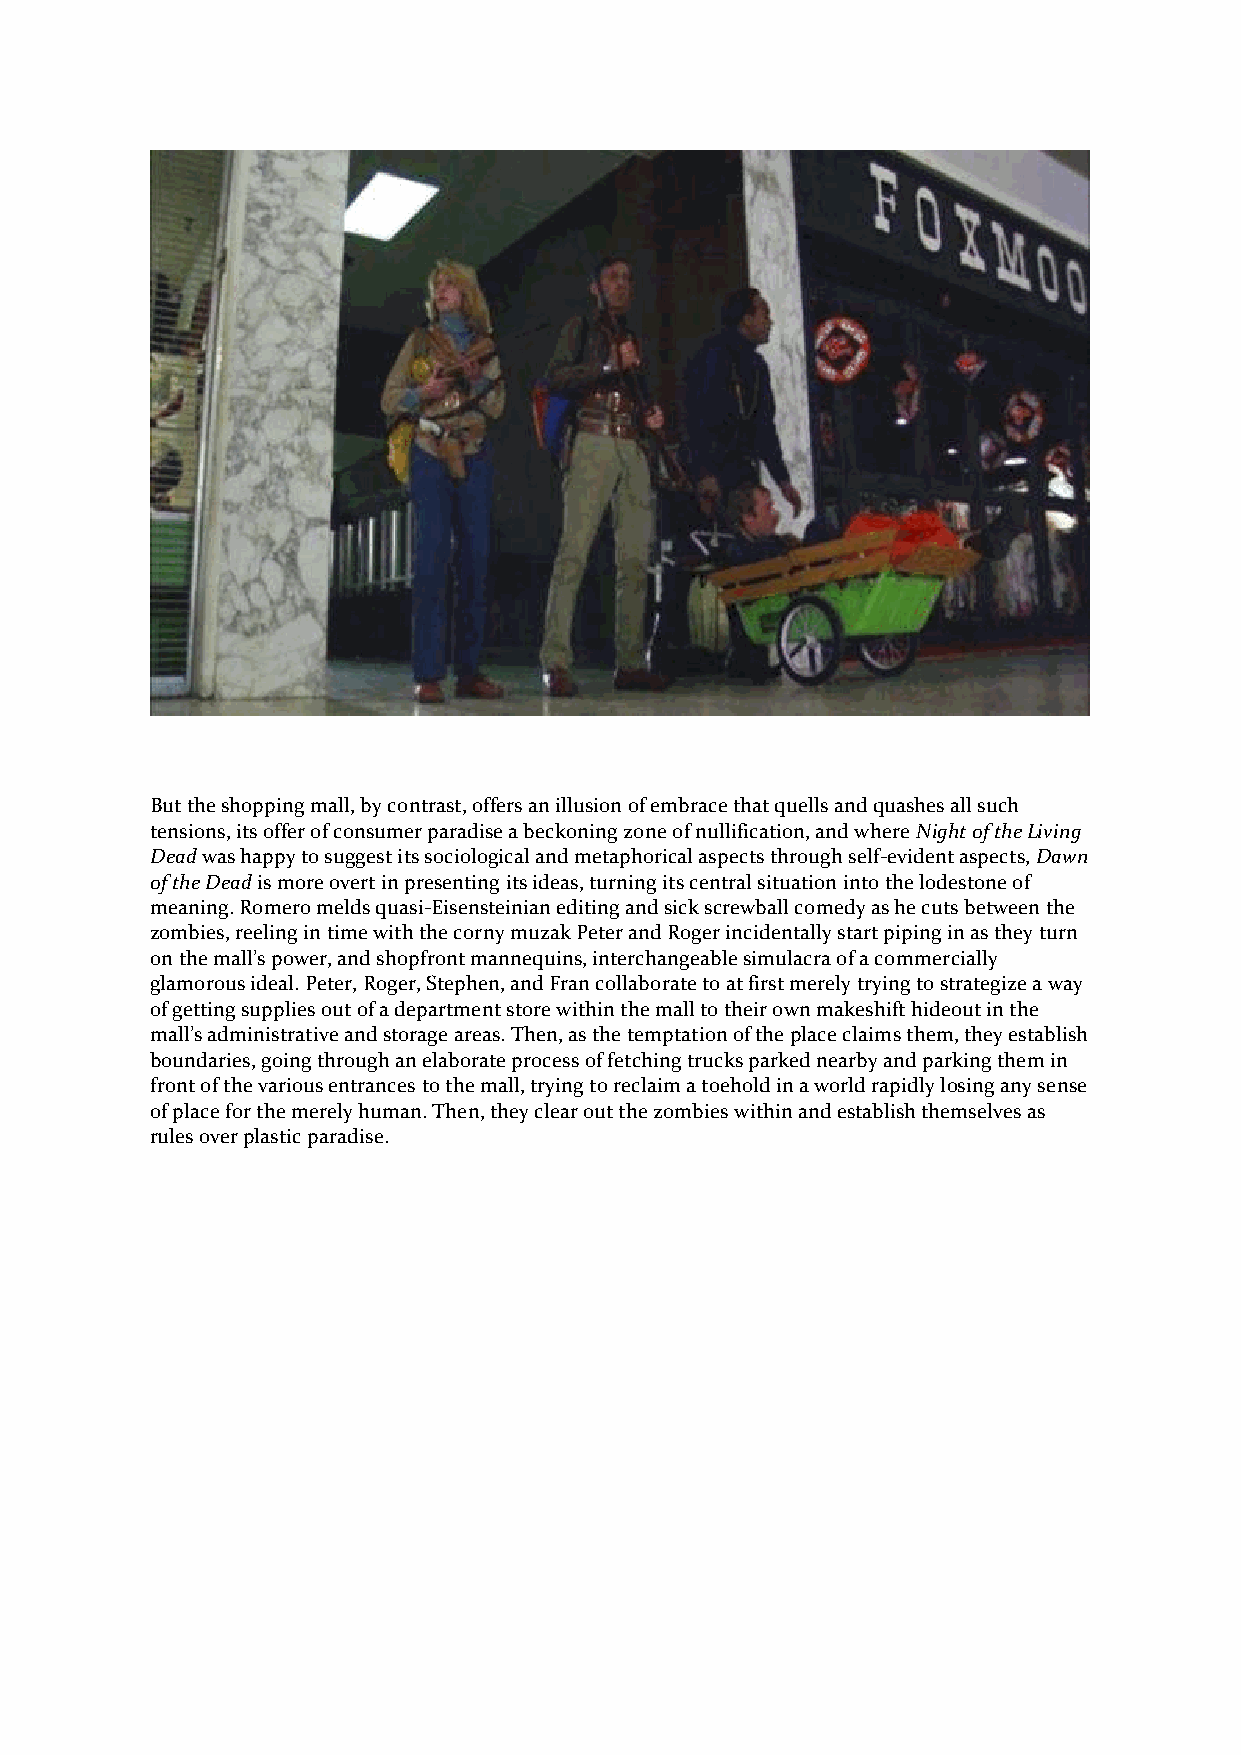
But the shopping mall, by contrast, offers an illusion of embrace that quells and quashes all such
 tensions, its offer of consumer paradise a beckoning zone of nullification, and where Night of the Living
 Dead was happy to suggest its sociological and metaphorical aspects through self-evident aspects, Dawn
 of the Dead is more overt in presenting its ideas, turning its central situation into the lodestone of
 meaning. Romero melds quasi-Eisensteinian editing and sick screwball comedy as he cuts between the
 zombies, reeling in time with the corny muzak Peter and Roger incidentally start piping in as they turn
 on the mall’s power, and shopfront mannequins, interchangeable simulacra of a commercially
 glamorous ideal. Peter, Roger, Stephen, and Fran collaborate to at first merely trying to strategize a way
 of getting supplies out of a department store within the mall to their own makeshift hideout in the
 mall’s administrative and storage areas. Then, as the temptation of the place claims them, they establish
 boundaries, going through an elaborate process of fetching trucks parked nearby and parking them in
 front of the various entrances to the mall, trying to reclaim a toehold in a world rapidly losing any sense
 of place for the merely human. Then, they clear out the zombies within and establish themselves as
 rules over plastic paradise.